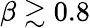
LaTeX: \beta\gtrsim 0.8